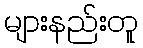
များနည်းတူ